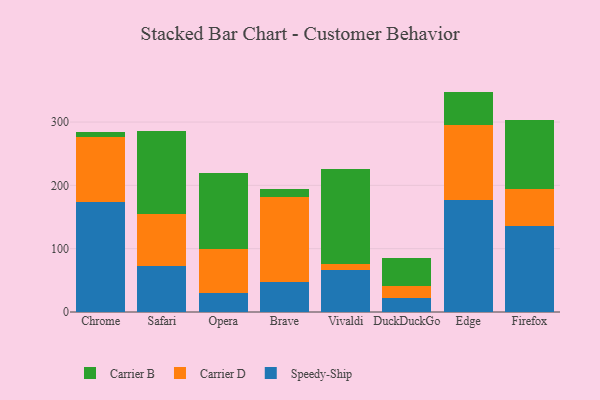
{"axis": {"x": "Browser", "y": "Bounce Rate (%)"}, "legend": ["Carrier B", "Carrier D", "Speedy-Ship"], "data": [{"x": "Chrome", "y": 173.6, "type": "Speedy-Ship"}, {"x": "Chrome", "y": 103.3, "type": "Carrier D"}, {"x": "Chrome", "y": 6.9, "type": "Carrier B"}, {"x": "Safari", "y": 72.9, "type": "Speedy-Ship"}, {"x": "Safari", "y": 81.4, "type": "Carrier D"}, {"x": "Safari", "y": 131.9, "type": "Carrier B"}, {"x": "Opera", "y": 30.6, "type": "Speedy-Ship"}, {"x": "Opera", "y": 69.1, "type": "Carrier D"}, {"x": "Opera", "y": 119.9, "type": "Carrier B"}, {"x": "Brave", "y": 48.1, "type": "Speedy-Ship"}, {"x": "Brave", "y": 133.4, "type": "Carrier D"}, {"x": "Brave", "y": 12.1, "type": "Carrier B"}, {"x": "Vivaldi", "y": 66.7, "type": "Speedy-Ship"}, {"x": "Vivaldi", "y": 9.0, "type": "Carrier D"}, {"x": "Vivaldi", "y": 150.7, "type": "Carrier B"}, {"x": "DuckDuckGo", "y": 22.3, "type": "Speedy-Ship"}, {"x": "DuckDuckGo", "y": 19.4, "type": "Carrier D"}, {"x": "DuckDuckGo", "y": 43.5, "type": "Carrier B"}, {"x": "Edge", "y": 176.7, "type": "Speedy-Ship"}, {"x": "Edge", "y": 119.2, "type": "Carrier D"}, {"x": "Edge", "y": 52.2, "type": "Carrier B"}, {"x": "Firefox", "y": 136.5, "type": "Speedy-Ship"}, {"x": "Firefox", "y": 57.1, "type": "Carrier D"}, {"x": "Firefox", "y": 110.3, "type": "Carrier B"}]}